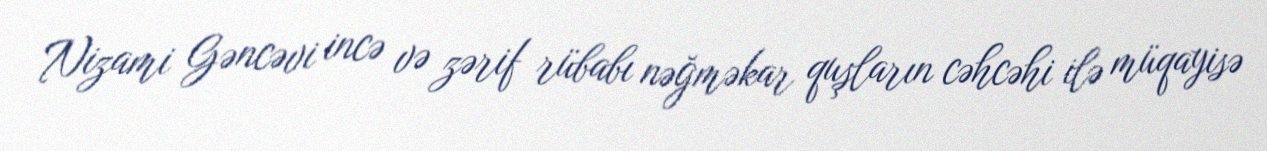
Nizami Gəncəvi incə və zərif rübabı nəğməkar quşların cəhcəhi ilə müqayisə